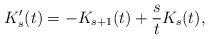
LaTeX: \begin{align*} K_s'(t) = - K_{s+1}(t) + \frac{s}{t} K_s(t), \end{align*}